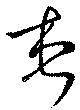
想